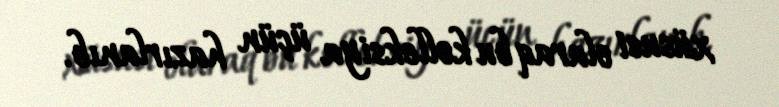
xüsusi olaraq bu kolleksiya üçün hazırlanıb.